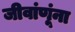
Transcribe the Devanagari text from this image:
जीवांणूंना